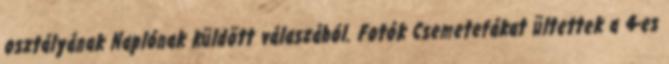
osztályának Naplónak küldött válaszából. Fotók Csemetefákat ültettek a 4-es